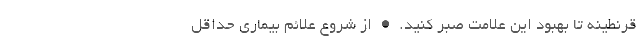
قرنطینه تا بهبود این علامت صبر کنید. • از شروع علائم بیماری حداقل